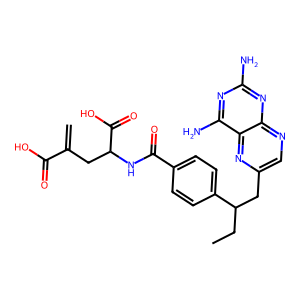
SMILES: C=C(CC(NC(=O)c1ccc(C(CC)Cc2cnc3nc(N)nc(N)c3n2)cc1)C(=O)O)C(=O)O
Inhibits HIV replication: No